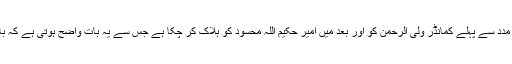
اور کہا ہے کہ حکومت مذاکرات کے آڑ میں امریکہ کی مدد سے پہلے کمانڈر ولی الرحمن کو اور بعد میں امیر حکیم اللہ محسود کو ہلاک کر چکا ہے جس سے یہ بات واضح ہوتی ہے کہ با مقصد مذاکرات میں و ہ سنجیدہ نہیں ہے اور نہ با احتیار۔